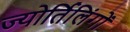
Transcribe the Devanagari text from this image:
ज्‍योर्तिलिंगों